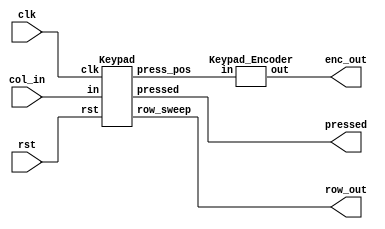
//need another frequency divider for down_scale frequency
/********************************************************
Pseudo:

Row    :  Sweep by the clcok , each 4 clk cycle change to next row
Column :  Sweep for each row,  when the bottom is pressed
		  it would output 1 , such as 0100 for the current column


But there is a problem, what if  I keep pressing the buttom,
but the column detector would output 0100 every 16 clk cycle,
In this scenario, how do we know, we are presssing or double pressing.

Solution 1
		Since all my circuit is trigger through column_select !!
if we detect the pressed, and the bottom is still be pressed,
I first stop the column from shifting to next ~~ Stop sweeping the column
until I realeased the bottom, (negative edge trigger)

		What about the row ?? 
		Since my row is shifted by my column_select....
So, if I didn't change my column, my row wouldn't changed....
Therefore my row is never been shifted ...... That is the reason why
I could fixed my detection at the same row_select and column_select


Remark :
		There is other solution for sigle counter triggering 
We choose the pull up circuit configuration of the input(column)......

Solution2 :

As my row is select through 0111
      row 
		0 F  E  D  C
		1 B  3  6  9
		1 A  2  5  8
		1 0  1  4  7
		 ------------  -VCC connected
          1  1  1  0

as pressed is detected , we just fix the row output ...
as pressed is released, row start shifting ........

  ******************************************************/
`ifndef _keypad_v
`define _keypad_v
module Keypad_Top(clk, rst, col_in, row_out, enc_out, pressed);
		input clk, rst;
		input [3:0] col_in;
		output [3:0] row_out;
		output [7:0] enc_out;
		output pressed;
		wire [7:0] keypad_code;  //   pattern {col[3:0], row[3:0]}


		Keypad keypad_sweep(clk,rst,col_in,row_out,keypad_code, pressed);

		Keypad_Encoder keypad_enc(keypad_code, enc_out);

endmodule






module Freq_Keypad(clk, rst ,keypad_clk);
		input clk,rst;
		output reg keypad_clk;

		integer i =0 ;

		always@(posedge clk or posedge rst )begin
		if(rst) begin
				i =0;
				keypad_clk = 1'b0;
				end

		else if(i<312500)begin
				keypad_clk = 1'b0;
				i = i +1;
		end

		else if(i<625000)begin
				keypad_clk = 1'b1;
				i = i +1;		
        end

		else i = 0;

		end
		


endmodule




module  Keypad( clk, rst, in, row_sweep,press_pos, pressed );
		input clk, rst;
		input [3:0] in;
		output [3:0] row_sweep; // updated 
		output [7:0]press_pos;
		output reg pressed;
     	reg [3:0] row_next, row_current;

		reg [7:0] press_pos;
		wire freq4keypad;
		reg enable;



		Freq_Keypad freq_key(clk,rst,freq4keypad);

//---------------- Enable Logic --- Lock the frequency -------------
		always@(*)begin
				if( in[3]|in[2]|in[1]|in[0] ) enable = 1'b0 ;
				// to stop the clock  *************
				else enable = 1'b1;
		end

		always@(*)begin
				if( in[3]|in[2]|in[1]|in[0] ) pressed = 1'b1 ;
				// to stop the clock  *************
				else pressed = 1'b0;
		end






// ------------------- Row Shifting -----------------------
		always@(posedge freq4keypad or posedge rst)begin
				if(rst) row_current <= 4'b1000;
				else row_current <= row_next;
		end

		always@(row_current)begin
				if(enable)
				row_next = {row_current[0],row_current[3:1]};
				else
				row_next = row_current;
		end
		

        assign row_sweep = row_current;



//   This is for press_pos detection
		always@(posedge freq4keypad)begin
				if( in[3]|in[2]|in[1]|in[0] ) begin
				press_pos <= {in,row_current};
				end

				else press_pos <= 8'b11111111;
		end

//  Because of our keypad configuration is {column[3:0], row[3:0] }




endmodule


`define zero   8'b10000001
`define one    8'b01000001
`define two    8'b01000010
`define three  8'b01000100
`define four   8'b00100001
`define five   8'b00100010
`define six    8'b00100100
`define seven  8'b00010001
`define eight  8'b00010010
`define nine   8'b00010100
`define A_add  8'b10000010
`define B_sub  8'b10000100
`define f_mult 8'b10001000
`define Cclear 8'b00011000
`define E_qual 8'b01001000
`define D_ivid 8'b00101000

`define encout_ADD    8'b11110001   
`define encout_SUB    8'b11110010
`define encout_Mult   8'b11110011
`define encout_Div    8'b11110100
`define encout_Equ    8'b11110101
`define encout_Clear  8'b11110110



module Keypad_Encoder(in,out);
		input [7:0] in;
		output reg [7:0] out;
		always@(*) begin
				case(in)
				`zero  : out =  8'b0;
				`one   : out =  8'd1;
				`two   : out =  8'd2;
				`three : out =  8'd3;
				`four  : out =  8'd4;
				`five  : out =  8'd5;
				`six   : out =  8'd6;
				`seven : out =  8'd7;
				`eight : out =  8'd8;
				`nine  : out =  8'd9;

				`A_add : out =  `encout_ADD;
				`B_sub : out =  `encout_SUB;
				`f_mult: out =  `encout_Mult;
				`E_qual: out =  `encout_Equ;
				`D_ivid: out =  `encout_Div;
				`Cclear: out =  `encout_Clear;
				
				default : out = 8'b11111111;
		endcase
		end
endmodule
/*
module debounce_counter(clk,start,in,good);
input start,clk;
input [3:0] in;
output good;

reg [5:0] count;
		always@(posedge clk or posedge start)
				if(start)count = 6'b0;



endmodule
*/

`endif